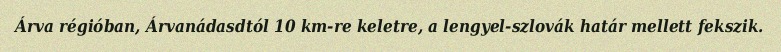
Árva régióban, Árvanádasdtól 10 km-re keletre, a lengyel-szlovák határ mellett fekszik.